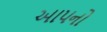
આપનો